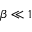
\beta \ll 1